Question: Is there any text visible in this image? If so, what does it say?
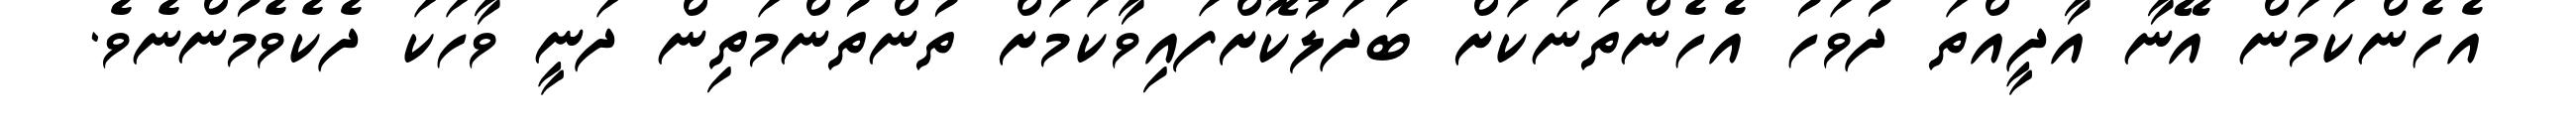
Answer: އެހެންކަމަން އޭނާ އާދީއްތަ ދުވަހު އެހެންތަނަކަށް ބަދަލުކޮށްފައިވާކަމަށް ތުންތުންމަތިން ދަނީ ވާހަކަ ދެކެވެމުންނެވެ.